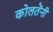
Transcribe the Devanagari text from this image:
कोलतेंनी